Leaving Certificate Examination (including Day School Certificate (Higher) General paper), 1937
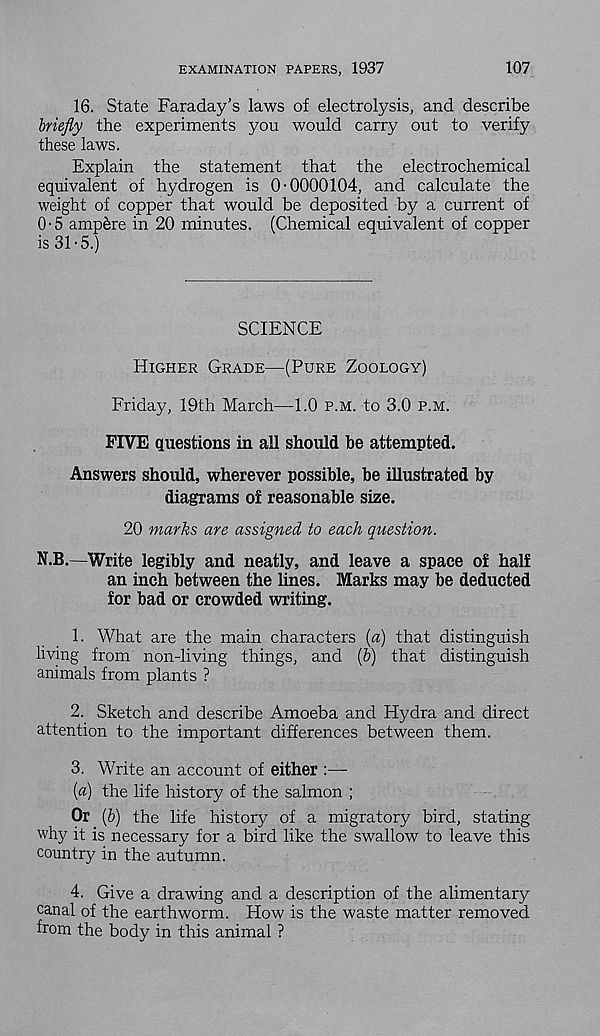
EXAMINATION PAPERS, 1937
107
16. State Faraday’s laws of electrolysis, and describe
briefly the experiments you would carry out to verify
these laws.
Explain the statement that the electrochemical
equivalent of hydrogen is 0-0000104, and calculate the
weight of copper that would be deposited by a current of
0-5 ampere in 20 minutes. (Chemical equivalent of copper
is 31-5.)
SCIENCE
Higher Grade—(Pure Zoology)
Friday, 19th March—1.0 p.m. to 3.0 p.m.
FIVE questions in all should be attempted.
Answers should, wherever possible, be illustrated by
diagrams of reasonable size.
20 marks are assigned to each question.
N.B.—Write legibly and neatly, and leave a space of half
an inch between the lines. Marks may be deducted
for bad or crowded writing.
1. What are the main characters [a) that distinguish
living from non-living things, and (6) that distinguish
animals from plants ?
2. Sketch and describe Amoeba and Hydra and direct
attention to the important differences between them.
3. Write an account of either :—
(«) the life history of the salmon ;
Or _ (&) the life history of a migratory bird, stating
why it is necessary for a bird like the swallow to leave this
country in the autumn.
4. Give a drawing and a description of the alimentary
canal of the earthworm. How is the waste matter removed
from the body in this animal ?